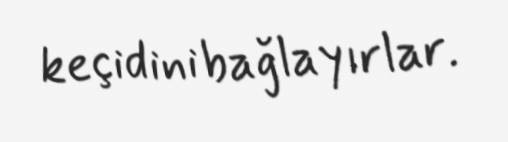
keçidini bağlayırlar.